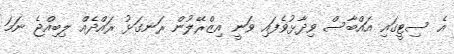
އެ ސިޓީގައި އައްބާސް ވިދާޅުވެފައި ވަނީ އިޒްރޭލުން ރަނގަޅު ރައްދެއް ލިބިއްޖެ ނަމަ